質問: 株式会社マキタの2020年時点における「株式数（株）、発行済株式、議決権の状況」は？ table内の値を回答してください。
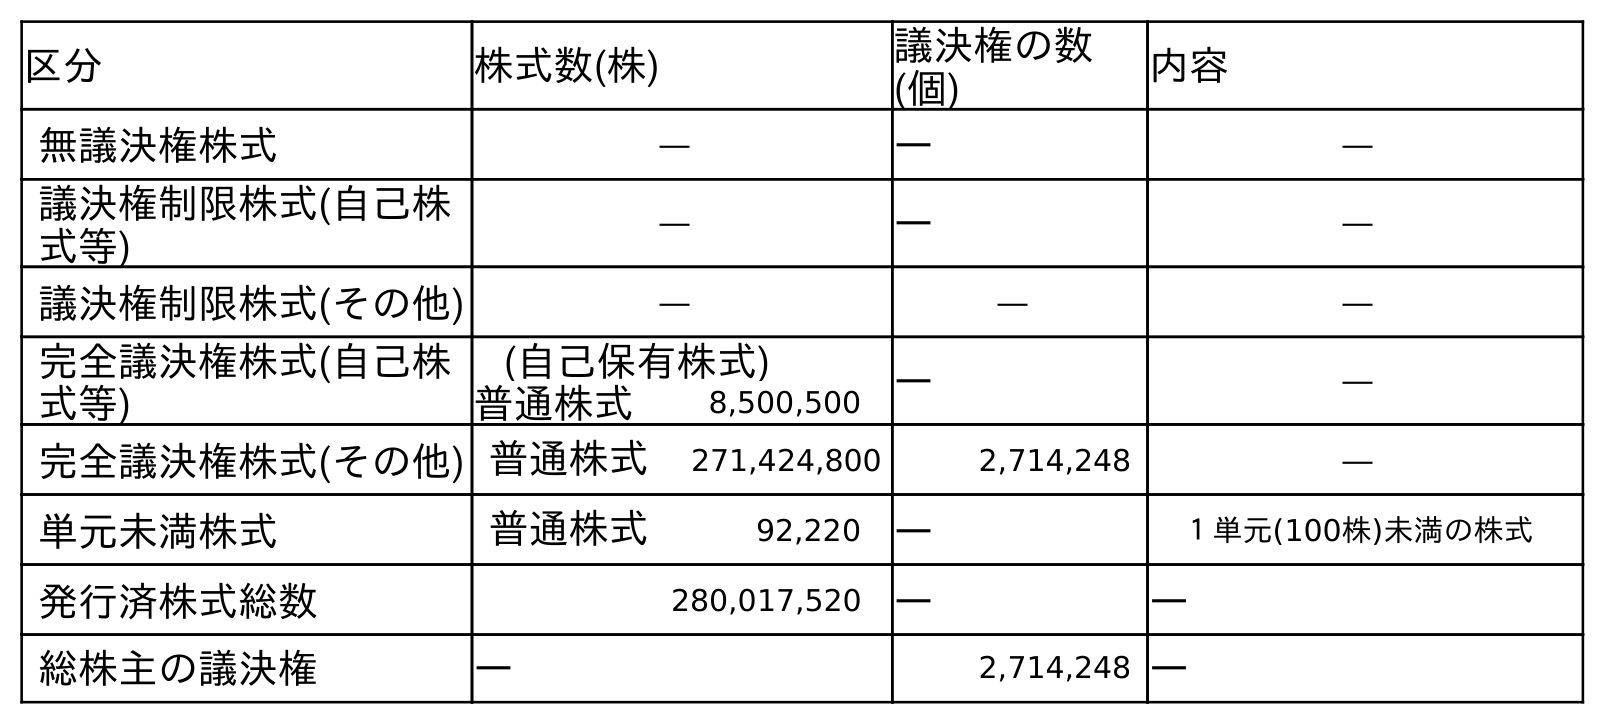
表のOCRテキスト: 区分 株式数(株) 議決権の数 (個) 内容 無議決権株式 ― ― ― 議決権制限株式(自己株 式等) ― ― ― 議決権制限株式(その他) ― ― ― 完全議決権株式(自己株 式等) (自己保有株式) ― ― 普通株式 8,500,500 完全議決権株式(その他) 普通株式 271,424,800 2,714,248 ― 単元未満株式 普通株式 92,220 ― １単元(100株)未満の株式 発行済株式総数 280,017,520 ― ― 総株主の議決権 ― 2,714,248 ―
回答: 280,017,520